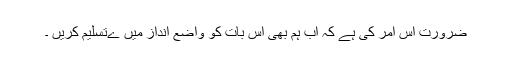
ضرورت اس امر کی ہے کہ اب ہم بھی اس بات کو واضع انداز میں ےتسلیم کریں ۔